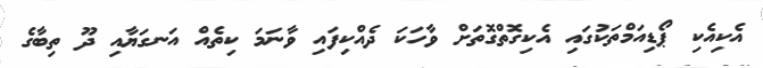
އެކިއެކި ޕޯޑިއަމްތަކުގައި އެކިގޮތްގޮތަށް ވާހަކަ ދެއްކިފައި ވާނަމަ ކިތެއް އަނގަޔާއި ދޫ ތިބާގެ